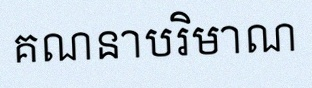
គណនាបរិមាណ